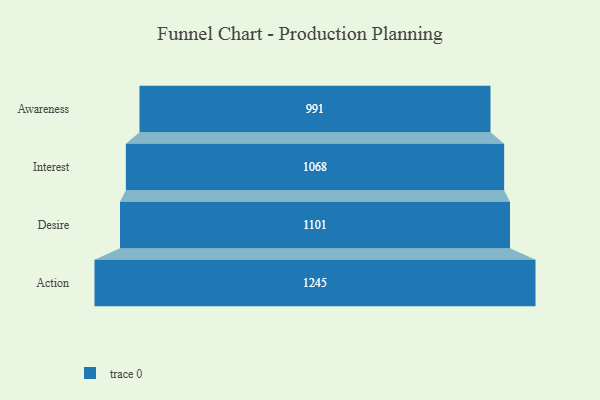
{"axis": {"x": "Stage", "y": "Value"}, "legend": [""], "data": [{"x": "Awareness", "y": 991.0, "type": ""}, {"x": "Interest", "y": 1068.0, "type": ""}, {"x": "Desire", "y": 1101.0, "type": ""}, {"x": "Action", "y": 1245.0, "type": ""}]}